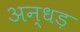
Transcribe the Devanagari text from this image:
अन्धड़